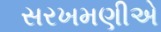
સરખમણીએ